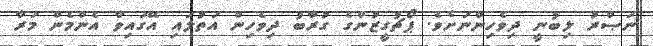
ނަޞްރު ލިބުނީ ދިވެހިންނަށެވެ. ޕޯޗުގީޒުންގެ ގުރާބު ދިވެހިން އަތުލައި އޭގައިވާ އެންމެން މަރާ